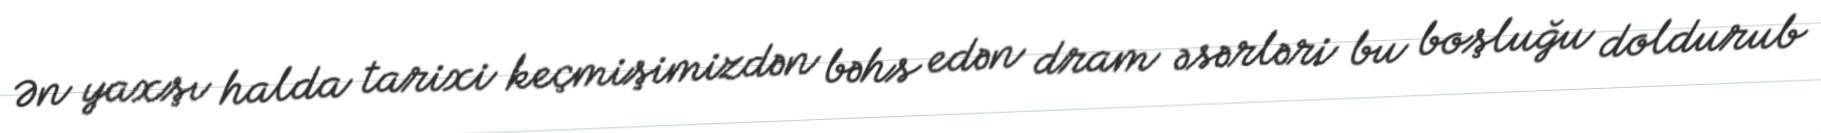
Ən yaxşı halda tarixi keçmişimizdən bəhs edən dram əsərləri bu boşluğu doldurub